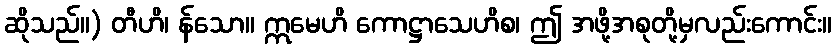
ဆိုသည်။) တီဟိ၊ န်သော။ ဣမေဟိ ကောဋ္ဌာသေဟိစ၊ ဤ အဖို့အစုတို့မှလည်းကောင်း။